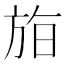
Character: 𣃧